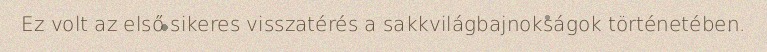
Ez volt az első sikeres visszatérés a sakkvilágbajnokságok történetében.